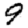
Digit: 9